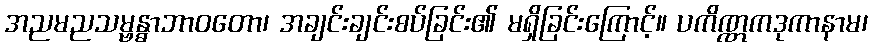
အညမညသမ္ဗန္ဓာဘာဝတော၊ အချင်းချင်းစပ်ခြင်း၏ မရှိခြင်းကြောင့်။ ပကိဏ္ဏကဒုကာနာမ၊